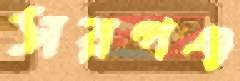
সরপঞ্চ